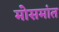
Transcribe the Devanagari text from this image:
मोसमांत